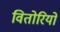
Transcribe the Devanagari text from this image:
वितोरियो